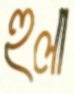
হুলা